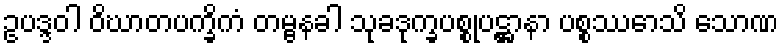
ဥပဒ္ဒဝါ ဝိဃာတပက္ခိကံ တမ္ဗနခါ သုခဒုက္ခပစ္စုပဋ္ဌာနာ ပစ္စဿောသိ သောဏ